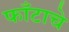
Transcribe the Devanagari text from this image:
फाँटाचे